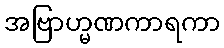
အဗြာဟ္မဏကာရကာ